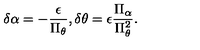
\delta \alpha = - \frac { \epsilon } { \Pi _ { \theta } } , \delta \theta = \epsilon \frac { \Pi _ { \alpha } } { \Pi _ { \theta } ^ { 2 } } .